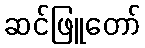
ဆင်ဖြူတော်